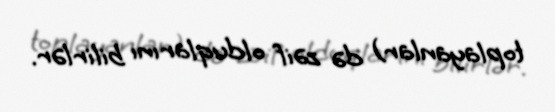
toplayanlar) də zəif olduqlarını bilirlər.